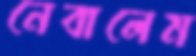
নেবালেম